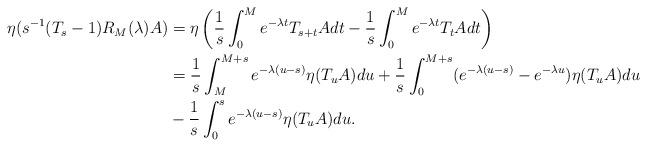
LaTeX: \begin{align*}\eta (s^{-1}(T_s-1)R_M(\lambda)A) & = \eta \left( \frac{1}{s} \int_0^M e^{-\lambda t}T_{s+t}Adt- \frac{1}{s} \int_0^Me^{-\lambda t}T_tAdt \right)\\ & = \frac{1}{s} \int_M^{M+s}e^{-\lambda (u-s)} \eta(T_uA)du+ \frac{1}{s} \int_0^{M+s}(e^{-\lambda (u-s)}-e^{-\lambda u}) \eta (T_uA)du\\ & - \frac{1}{s} \int_0^s e^{-\lambda (u-s)} \eta (T_uA)du.\end{align*}